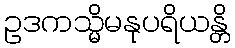
ဥဒကသ္မိမနုပရိယန္တိ